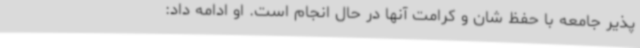
پذیر جامعه با حفظ شان و کرامت آنها در حال انجام است. او ادامه داد: